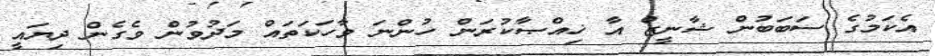
އެކަމުގެ ސަބަބުން ޝާނީޒް އާ ޚިއްޞާކުރަން ހުންނަ ވާހަކަތައް މަދުވުން ވެގެން ދިޔައީ